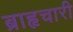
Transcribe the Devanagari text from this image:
ब्राहृचारी